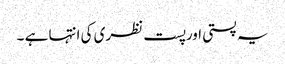
یہ پستی اورپست نظری کی انتہا ہے ۔